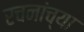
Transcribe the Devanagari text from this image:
रचनांच्या